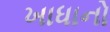
ખાધાનો